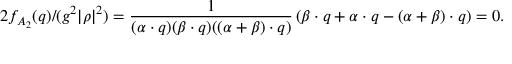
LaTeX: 2 f _ { A _ { 2 } } ( q ) / ( g ^ { 2 } | \rho | ^ { 2 } ) = { \frac { 1 } { ( \alpha \cdot q ) ( \beta \cdot q ) ( ( \alpha + \beta ) \cdot q ) } } \left( \beta \cdot q + \alpha \cdot q - ( \alpha + \beta ) \cdot q \right) = 0 .